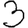
Digit: 3